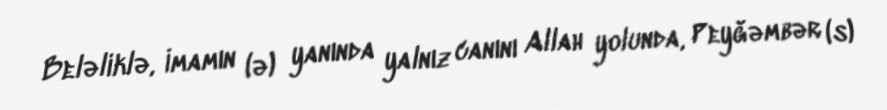
Beləliklə, İmamın (ə) yanında yalnız canını Allah yolunda, Peyğəmbər (s)